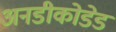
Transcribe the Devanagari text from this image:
अनडीकोडेड